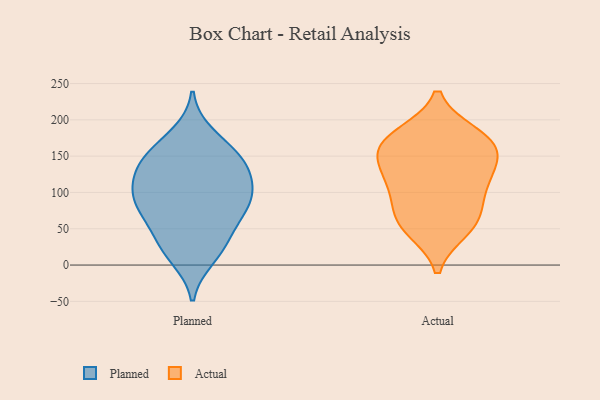
{"axis": {"x": "Satisfaction Score", "y": "Value"}, "legend": ["Actual", "Planned"], "data": [{"x": "", "y": 38, "type": "Planned"}, {"x": "", "y": 135, "type": "Planned"}, {"x": "", "y": 65, "type": "Planned"}, {"x": "", "y": 73, "type": "Planned"}, {"x": "", "y": 89, "type": "Planned"}, {"x": "", "y": 71, "type": "Planned"}, {"x": "", "y": 166, "type": "Planned"}, {"x": "", "y": 130, "type": "Planned"}, {"x": "", "y": 32, "type": "Planned"}, {"x": "", "y": 17, "type": "Planned"}, {"x": "", "y": 95, "type": "Planned"}, {"x": "", "y": 97, "type": "Planned"}, {"x": "", "y": 145, "type": "Planned"}, {"x": "", "y": 146, "type": "Planned"}, {"x": "", "y": 104, "type": "Planned"}, {"x": "", "y": 10, "type": "Planned"}, {"x": "", "y": 180, "type": "Planned"}, {"x": "", "y": 105, "type": "Planned"}, {"x": "", "y": 140, "type": "Planned"}, {"x": "", "y": 166, "type": "Actual"}, {"x": "", "y": 62, "type": "Actual"}, {"x": "", "y": 175, "type": "Actual"}, {"x": "", "y": 80, "type": "Actual"}, {"x": "", "y": 138, "type": "Actual"}, {"x": "", "y": 110, "type": "Actual"}, {"x": "", "y": 55, "type": "Actual"}, {"x": "", "y": 108, "type": "Actual"}, {"x": "", "y": 127, "type": "Actual"}, {"x": "", "y": 179, "type": "Actual"}, {"x": "", "y": 152, "type": "Actual"}, {"x": "", "y": 49, "type": "Actual"}, {"x": "", "y": 168, "type": "Actual"}]}